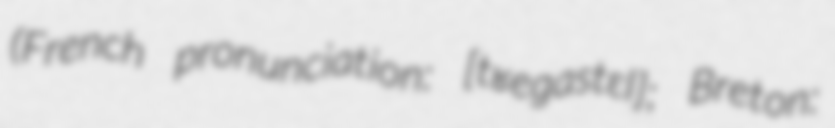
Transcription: (French pronunciation: ​[tʁeɡastɛl]; Breton: